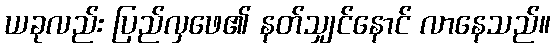
ယခုလည်း ပြည်လှဖေ၏ နတ်သျှင်နောင် လာနေသည်။